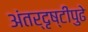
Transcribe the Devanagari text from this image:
अंतर्दृष्टीपुढे